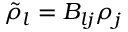
{ \tilde { \rho } } _ { l } = B _ { l j } { \rho } _ { j }